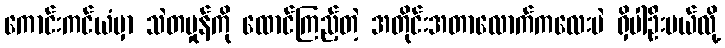
ကောင်းကင်ယံမှာ သဲတမှုန်ကို ထောင်ကြည့်တဲ့ အတိုင်းအတာလောက်ကလေးပဲ ရှိပါဦးမယ်လို့